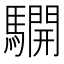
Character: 𩦓